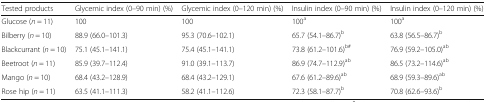
<table><thead><tr><td><b>Tested products</b></td><td><b>Glycemic index (0–90 min) (%)</b></td><td><b>Glycemic index (0–120 min) (%)</b></td><td><b>Insulin index (0–90 min) (%)</b></td><td><b>Insulin index (0–120 min) (%)</b></td></tr></thead><tbody><tr><td>Glucose (<i>n</i> = 11)</td><td>100</td><td>100</td><td>100<sup>a</sup></td><td>100<sup>a</sup></td></tr><tr><td>Bilberry (<i>n</i> = 10)</td><td>88.9 (66.0–101.3)</td><td>95.3 (70.6–102.1)</td><td>65.7 (54.1–86.7)<sup>b</sup></td><td>63.8 (56.5–86.7)<sup>b</sup></td></tr><tr><td>Blackcurrant (<i>n</i> = 10)</td><td>75.1 (45.1–141.1)</td><td>75.4 (45.1–141.1)</td><td>73.8 (61.2–101.6)<sup>b#</sup></td><td>76.9 (59.2–105.0)<sup>ab</sup></td></tr><tr><td>Beetroot (<i>n</i> = 11)</td><td>85.9 (39.7–112.4)</td><td>91.0 (39.1–113.7)</td><td>86.9 (74.7–112.9)<sup>ab</sup></td><td>86.5 (73.2–114.6)<sup>ab</sup></td></tr><tr><td>Mango (<i>n</i> = 10)</td><td>68.4 (43.2–128.9)</td><td>68.4 (43.2–129.1)</td><td>67.6 (61.2–89.6)<sup>ab</sup></td><td>68.9 (59.3–89.6)<sup>ab</sup></td></tr><tr><td>Rose hip (<i>n</i> = 11)</td><td>63.5 (41.1–111.3)</td><td>58.2 (41.1–112.6)</td><td>72.3 (58.1–87.7)<sup>b</sup></td><td>70.8 (62.6–93.6)<sup>b</sup></td></tr></tbody></table>